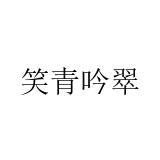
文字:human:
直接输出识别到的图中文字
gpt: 笑青吟翠